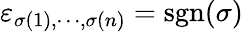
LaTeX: \varepsilon_{\sigma(1),\cdots,\sigma(n)}=\operatorname{sgn}(\sigma)